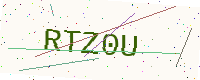
Text: RTZ0U